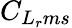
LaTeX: C_{L_{r}ms}